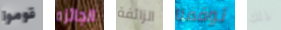
قوموا الجائزه الزائفة توقفنا ذلك